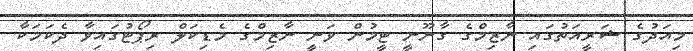
މިއަދުގެ ޝަރީއަތުގައި ނާޒިމްގެ ގާނޫނީ ޓީމުން ވަނީ ނާޒިމްގެ މެޑިކަލް ރިޕޯޓުގައިވާ ދެކަމަކާ